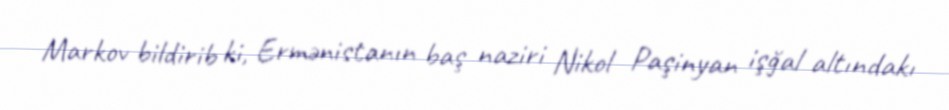
Markov bildirib ki, Ermənistanın baş naziri Nikol Paşinyan işğal altındakı